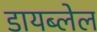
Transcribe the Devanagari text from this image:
डायब्लेल